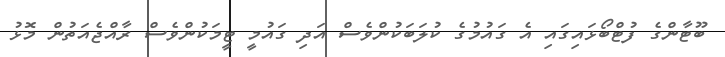
ބޫޓާންގެ ފުޓްބޯޅައިގައި އެ ގައުމުގެ ކުލަބަކުންވެސް އަދި ގައުމީ ޓީމަކުންވެސް ރާއްޖެއަތުން މޮޅު